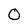
Character: O